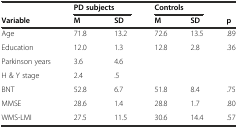
|  | <COLSPAN=2> PD subjects | <COLSPAN=2> Controls |  |
 | Variable | M | SD | M | SD | p |
 | --- | --- | --- | --- | --- | --- |
 | Age | 71.8 | 13.2 | 72.6 | 13.5 | .89 |
 | Education | 12.0 | 1.3 | 12.8 | 2.8 | .36 |
 | Parkinson years | 3.6 | 4.6 |  |  |  |
 | H & Y stage | 2.4 | .5 |  |  |  |
 | BNT | 52.8 | 6.7 | 51.8 | 8.4 | .75 |
 | MMSE | 28.6 | 1.4 | 28.8 | 1.7 | .80 |
 | WMS-LMI | 27.5 | 11.5 | 30.6 | 14.4 | .57 |